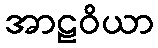
အာဠဝိယာ